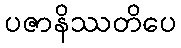
ပဇာနိဿတိပေ